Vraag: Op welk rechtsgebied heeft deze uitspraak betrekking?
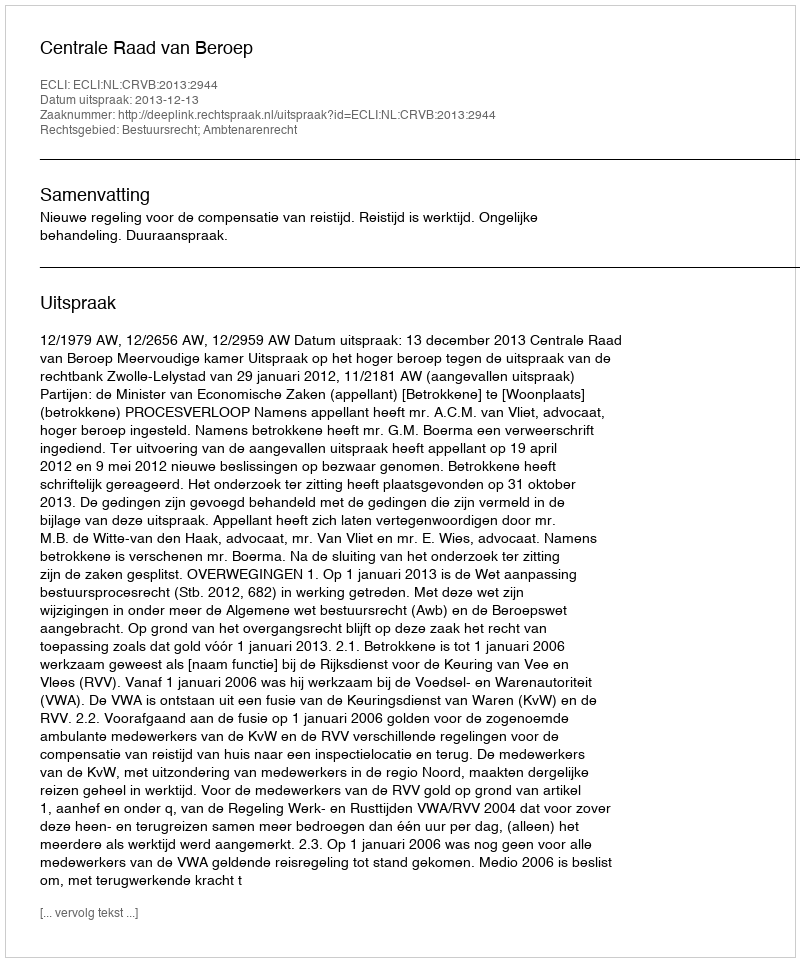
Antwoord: Bestuursrecht; Ambtenarenrecht